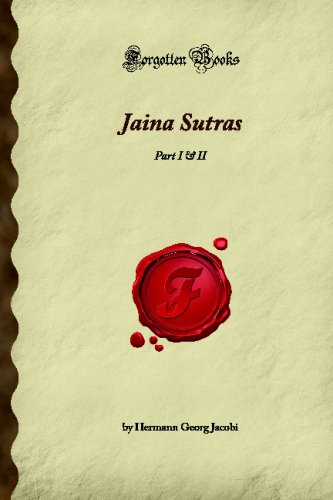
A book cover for Jaina Sutras: Part I & II (Forgotten Books); Hermann Georg Jacobi; Religion & Spirituality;